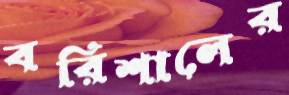
বরিশালের